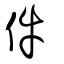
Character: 件